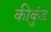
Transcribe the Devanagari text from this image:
कीकुंड